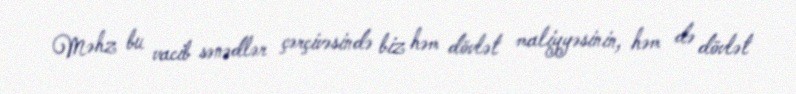
Məhz bu vacib sənədlər çərçivəsində biz həm dövlət maliyyəsinin, həm də dövlət